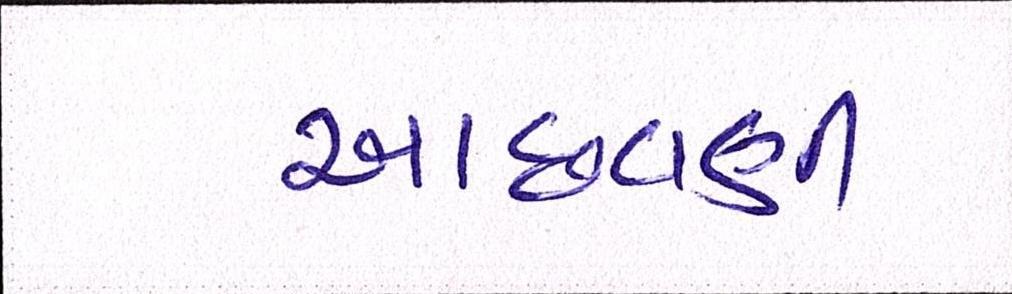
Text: આછવણી